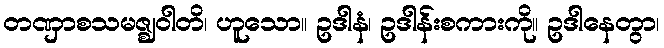
တဏှာစသမဇ္ဈဝါတိ၊ ဟူသော။ ဥဒါနံ၊ ဥဒါန်းစကားကို။ ဥဒါနေတွာ၊